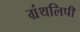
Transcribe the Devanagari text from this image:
ग्रंथलिपी